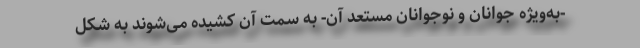
-به‌ویژه جوانان و نوجوانان مستعد آن- به سمت آن کشیده می‌شوند به شکل